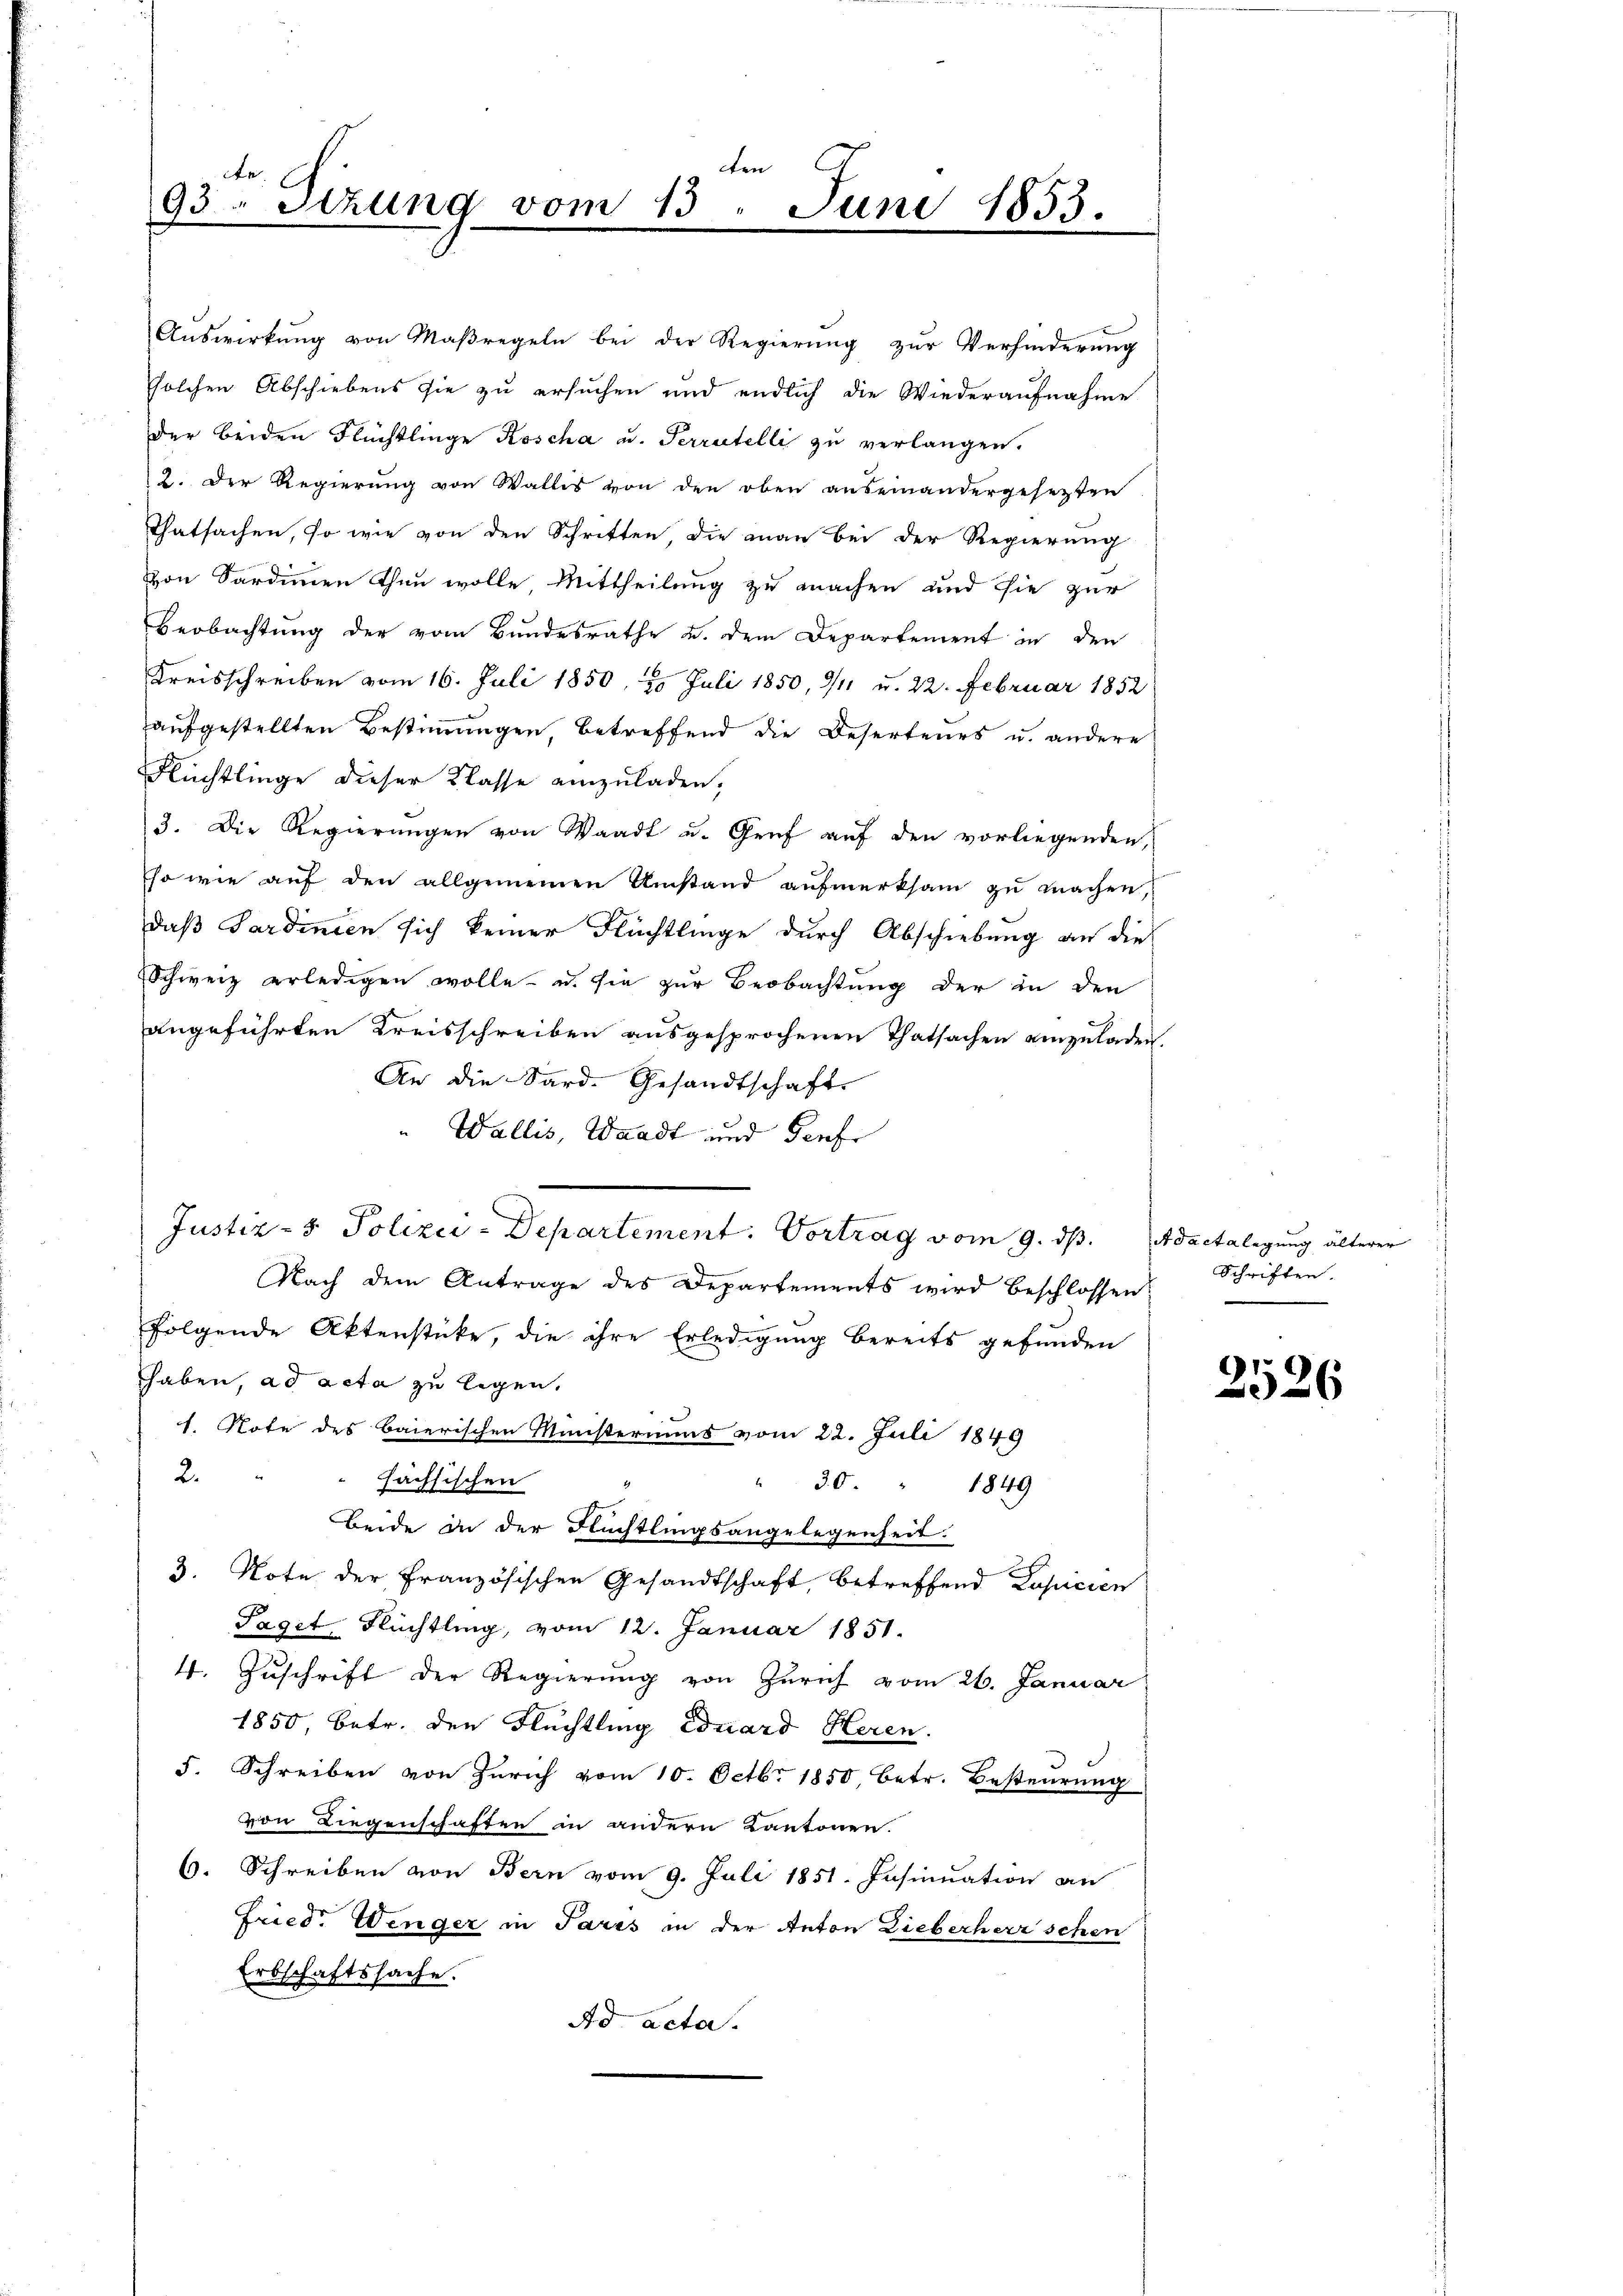
ten
e
93. Sitzung vom 15. Juni 1853.

haben, ad acta zu legen.
1. Note des Baierischen Ministeriums vom 22. Juli 1849
2.
hächsischen
 30 " 1849
Beide in der Flüchtlingsangelegenheit.
3. Note der Französischen Gesandtschaft, betreffend Popicien
Paget, Flüchtling, vom 12. Januar 1851.
4. Zŭschrift der Regierŭng von Zürich vom 26. Januar
1850, betr. den Flüchtling Eduard Heren.
5. Schreiben von Zürich vom 10. Octbr. 1850, betr. Besteurung
von Liegenschaften in andern Kantonen.
6. Schreiben von Bern vom 9. Juli 1851. Insinuation an
Fried. Wenger in Paris in der Anton Lieberherrschen
Erbschaftssache.
Ad acta.

Auswirkung von Maßregeln bei der Regierung zur Verhinderung
solchen Abschiebens sie zu ersuchen und endlich die Wiederaufnahme
der beiden Flüchtlinge Koscha u. Terratelli zu verlangen.
2. Der Regierung von Wallis von den oben auseinandergesetzten
Thatsachen, so wie von den Schritten, die man bei der Regierung
von Sardinen thun wolle, Mittheilung zu machen und sie zur
Beobachtung der vom Bundesrathe u. dem Departement in den
Kreisschreiben vom 16. Juli 1850, 20 Juli 1850, 9/11 u. 22. Februar 1852
aufgestellten Bestimmungen, betreffend die Deserteurs u. andere
Flüchtlinge dieser Klasse einzuladen,
3. Die Regierungen von Waadt u. Genf auf den vorliegenden,
so wie auf den allgemeinen Umstand aufmerksam zu machen,
daß Sardinien sich keiner Flüchtlinge durch Abschiebung an die
Schweiz erledigen wolle - u. sie zur Beobachtung der in den
angeführten Kreisschreiben ausgesprochenen Thatsachen einzuladen.
An die Sard. Gesandtschaft
Wallis, Waadt und Genf
Justiz- & Polizić-Departement. Vortrag vom 9. ds. dactalegung älterer
Nach dem Antrage des Departements wird beschlossen:
folgende Aktenstücke, die ihre Erledigung bereits gefunden

Schriften.

2526